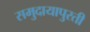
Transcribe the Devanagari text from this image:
समुदायापुरती